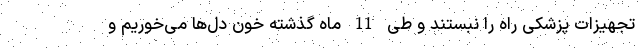
تجهیزات پزشکی راه را نبستند و طی 11 ماه گذشته خون دل‌ها می‌خوریم و